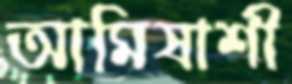
আমিষাশী